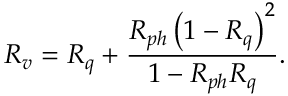
R _ { v } = R _ { q } + \frac { R _ { p h } \left( 1 - R _ { q } \right) ^ { 2 } } { 1 - R _ { p h } R _ { q } } .